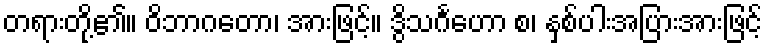
တရားတို့၏။ ဝိဘာဂတော၊ အားဖြင့်။ ဒွိသင်္ဂဟော စ၊ နှစ်ပါးအပြားအားဖြင့်